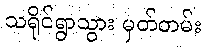
သရိုင်ရွာသွား မှတ်တမ်း